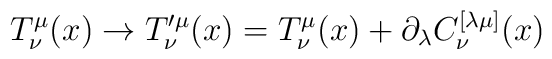
T^\mu_{\nu}(x) \to  T^{\prime \mu}_\nu(x)= T^\mu_{\nu}(x)+\partial_\lambda C^{[\lambda\mu]}_\nu (x)